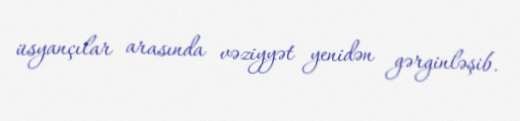
üsyançılar arasında vəziyyət yenidən gərginləşib.